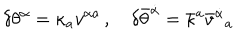
LaTeX: \delta \theta ^ { \alpha } = \kappa _ { a } v ^ { \alpha { } a } \, , \quad \delta \bar { \theta } ^ { \dot { \alpha } } = \bar { \kappa } ^ { a } \bar { v } ^ { \dot { \alpha } } { } _ { a }